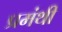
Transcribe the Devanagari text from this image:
प्रमंथी